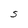
Character: S